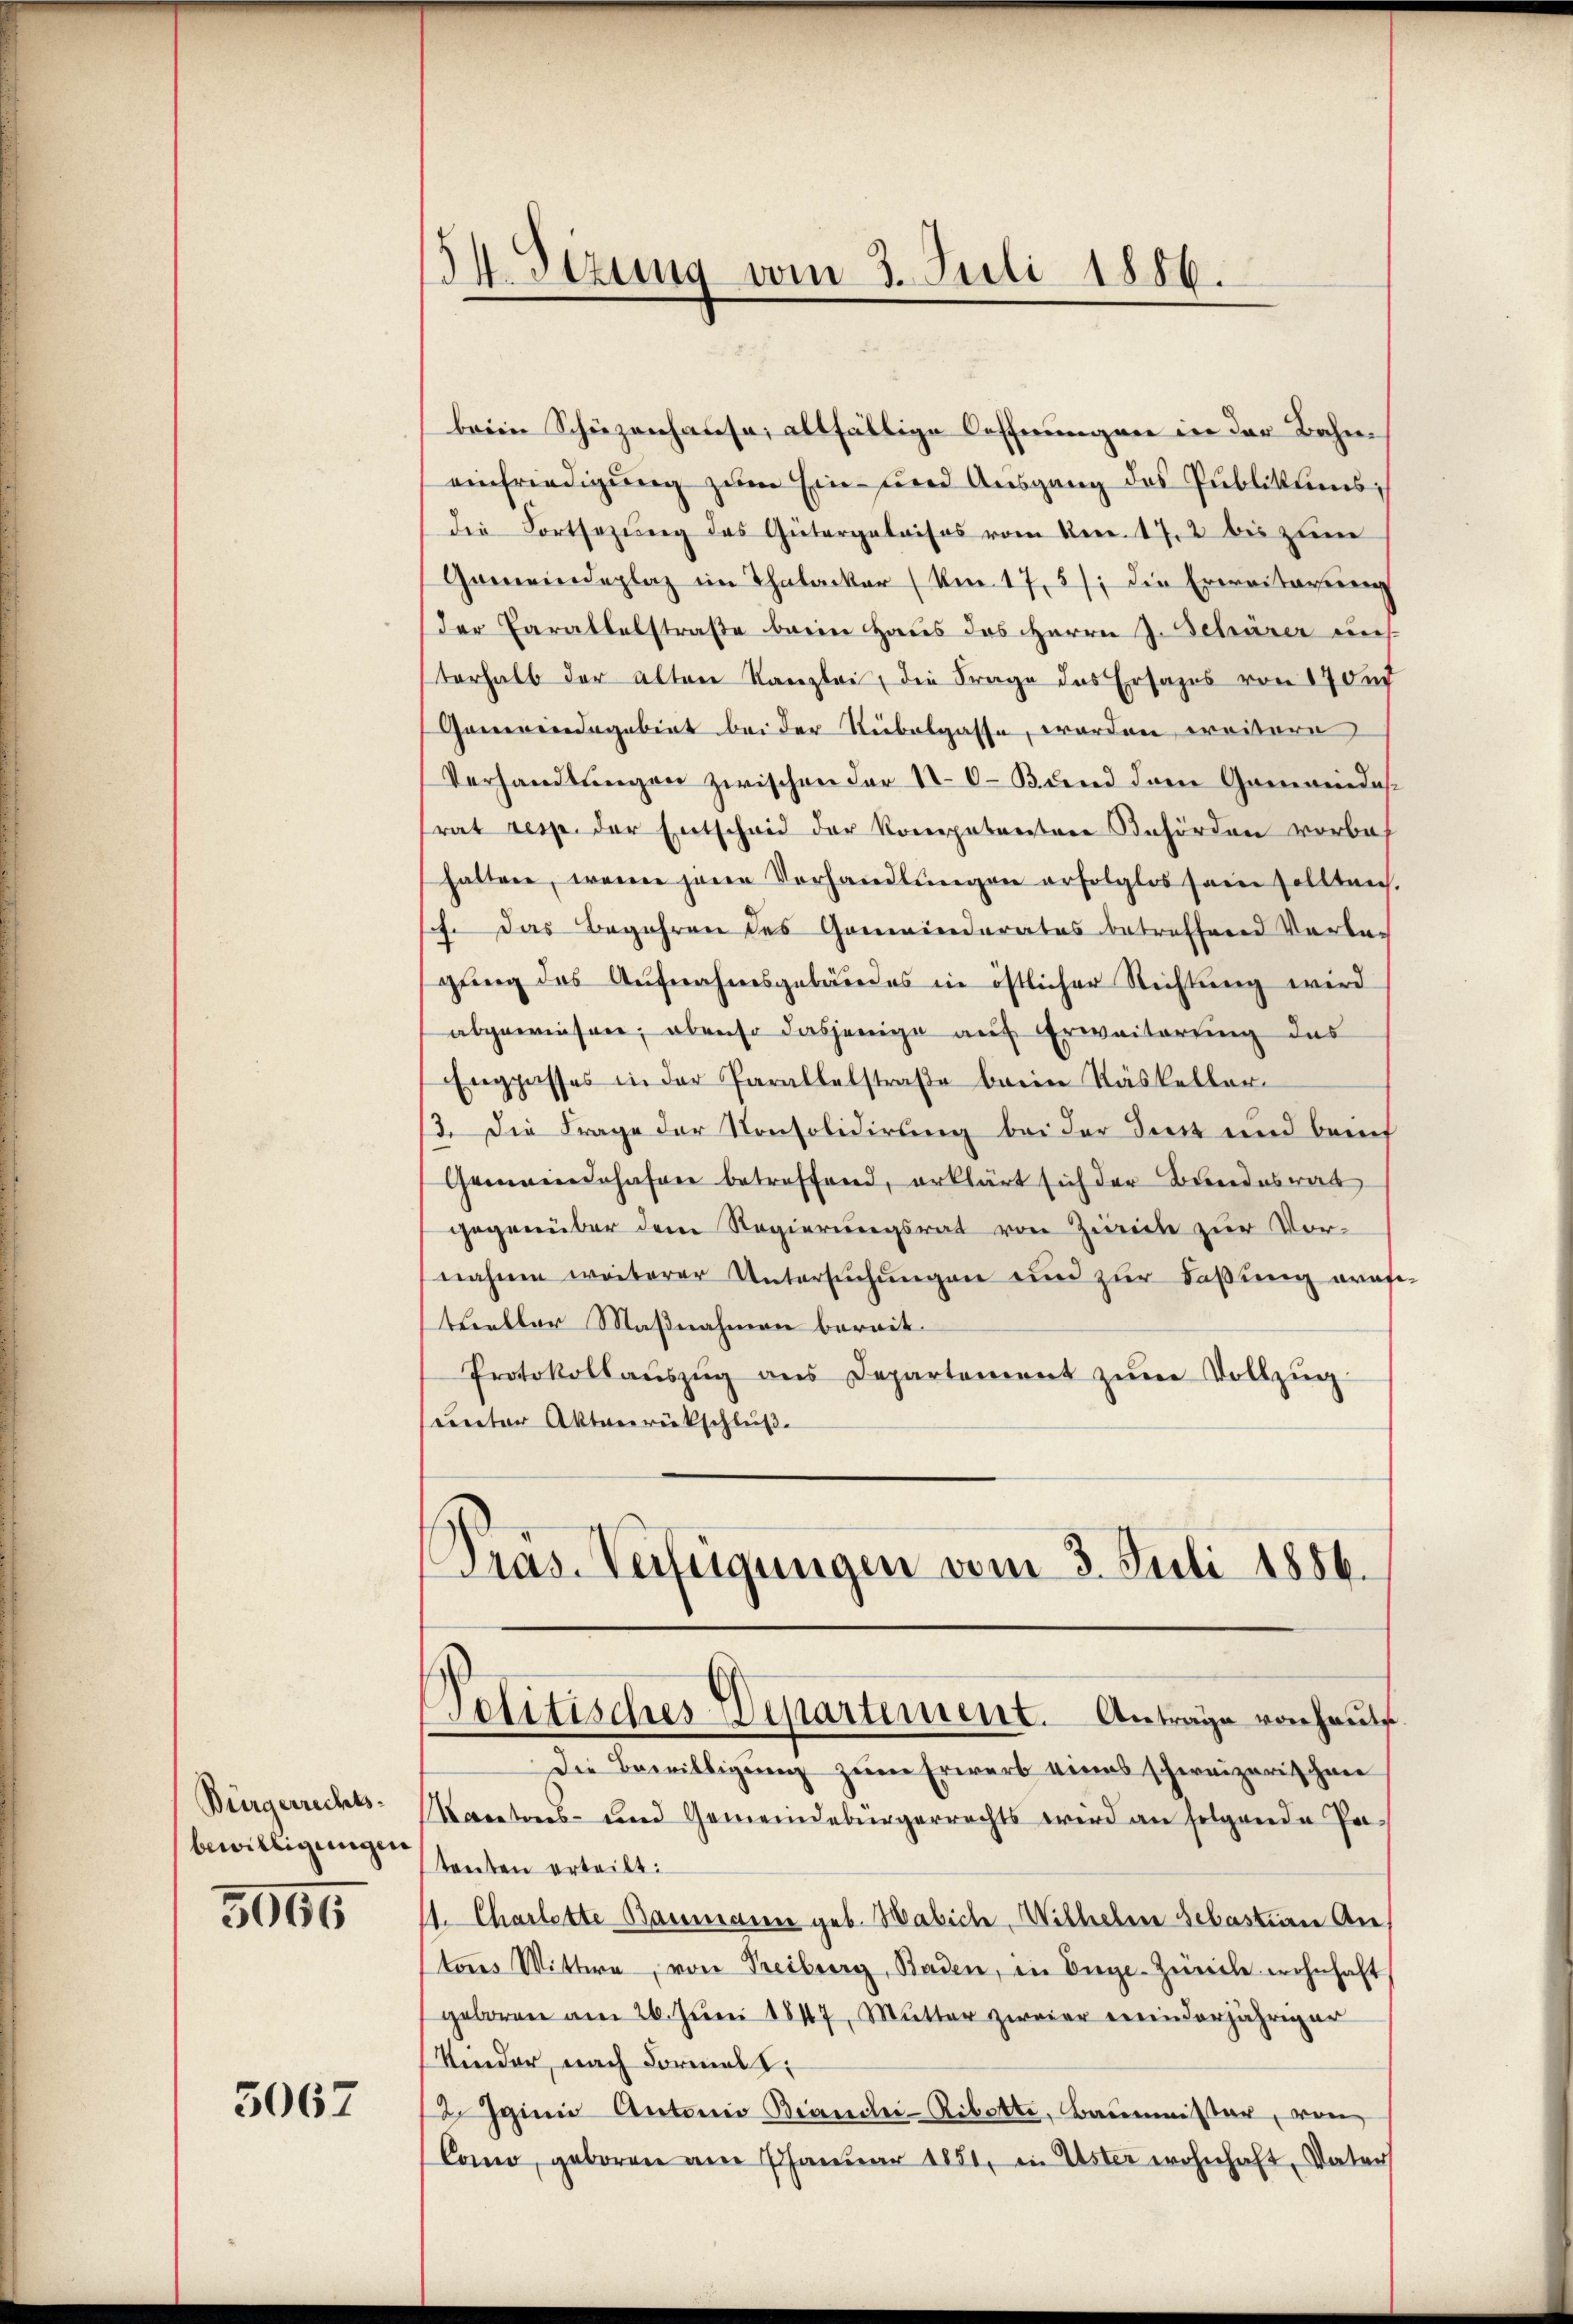
Bürgerrechtsbewilligungen

3065

5067

54. Sizung vom 3. Juli 1856.

brein Schüzenhause, allfällige Oeffnungen in der Bahneinfriedigung zum Ein- und Ausgang des Publikums,
die Fortsezung des Gütergalaisos vom Ven. 17. 2 bis zum
Gemeindeplaz im Thalacker (Um. 1757 die Erweiterung
Der Carallelstraße beim Haus des HHerrn J. Schärer eins
terhalb der alten Kanzlei, die Frage das Ersatzes von 170 n
Gemeindegebiet bei der Nibelgasse, worden weitere
Verhandlungen zwischen der 10 - Bund dem Gemeindesrat resp. der Entscheid der Kompetenten Behörden vorbehalten, wenn jenen Vorhandlŭngen erfolglos sein sollten.
h. Das Begehren des Gemeinderates betreffend Verbach
gŭng des Aŭfnahmsgebäudes in östlicher Richtŭng wird
abgewiesen, obenso dasjenige auf Erweiterung des
Engpasses in der Parallelstraβe beim Käskeller-
3. Die Frage der Konsolidirung bei der Tiest und bereit
Gemeindehafen betreffend, erklärt sich der Bundesrat
gegenüber dem Regierungsrat von Zürich zur Vornahme weiterer Untersŭchŭngen und zur Faßung grafi-
telbar Maßnahmen bereit.
Protokollaŭszŭg ans Departement zŭm Vollzug
unter Aktenrückschluß.
Pras-Verfügungen vom 3. Juli 1856.

Politisches Departement. Anträge von haute

Die Bewilligung zum Erwerb eines schweizerischene
Kantons- und Gemeindebürgerrechts wird an folgende Pe-
tenten erteilt:
1. Charlotte Baumann geb. Habich, Wilhebene Sebasteirer An
tores Wittwe von Treiburg, Baden, in Enge-Zürche wohnhaft
geboren am 26. Juni 1847, Mutter zweier meinderjähriger
Kinder, nach Formal z
2 Iginie Antonio Brandlei-Ribette, Baumeister, von
Como, geboren am 1 Januar 1881, in Uster wohnhaft, Vater